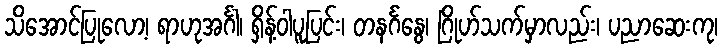
သိအောင်ပြုလော့၊ ရာဟုအင်္ဂါ၊ ရှိန့်ဝါပူပြင်း၊ တနင်္ဂနွေ၊ ဂြိုဟ်သက်မှာလည်း၊ ပညာဆေးကု၊